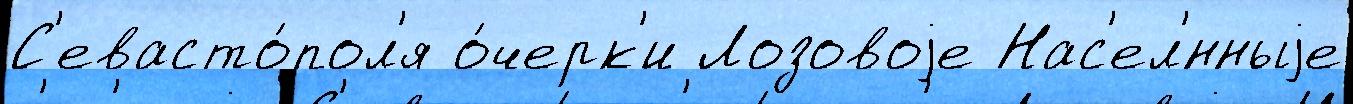
С'евасто́пол'я о́черк'и Лозовоjе Нас'ел'́нныjе